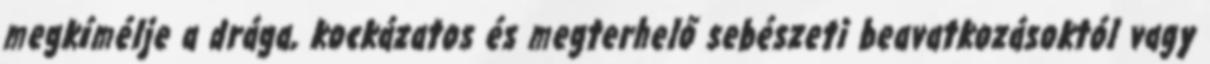
megkímélje a drága, kockázatos és megterhelő sebészeti beavatkozásoktól vagy